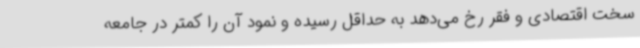
سخت اقتصادی و فقر رخ می‌دهد به حداقل رسیده و نمود آن را کمتر در جامعه